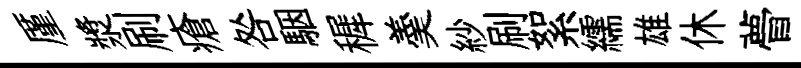
厪漿刷瘡咎駰穉羮紗刷絮繻雄休瞢